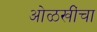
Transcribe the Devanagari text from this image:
ओळखींचा